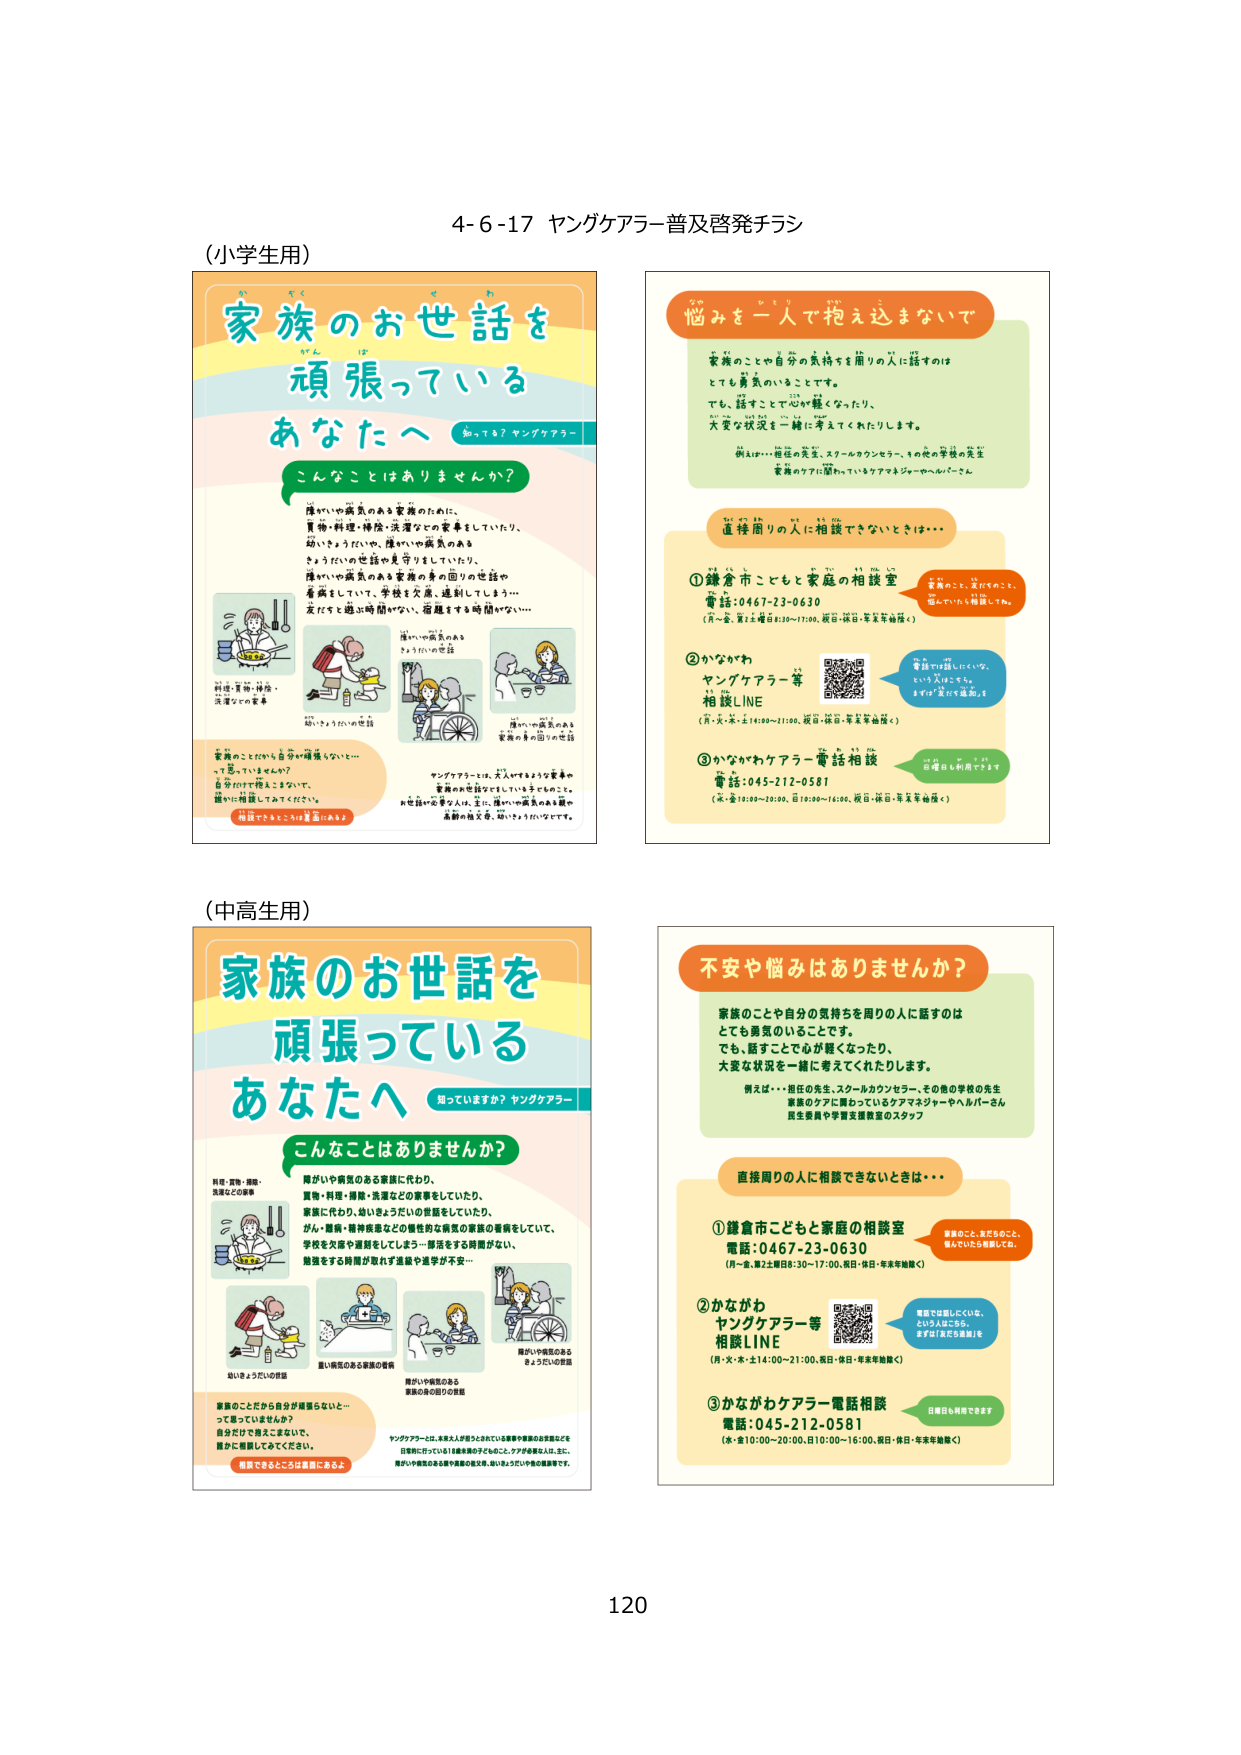
4-6-17 ヤングケアラー普及啓発チラシ

（小学生用）

家族のお世話を
頑張っている
あなたへ
知っています？ヤングケアラー

こんなことはありませんか？

障がいや病気のある家族のために、
買物・料理・掃除・洗濯などの家事をしていたり、
幼いきょうだいや、障がいや病気のある
きょうだいの世話や見守りをしていたり、
障がいや病気のある家族の身の回りの世話や
看病をしていて、学校を欠席、遅刻してしまう…
友だちと遊ぶ時間がない、宿題をする時間がない…

料理・買物・掃除・
洗濯などの家事

幼いきょうだいの世話

障がいや病気のある
きょうだいの世話

障がいや病気のある
家族の身の回りの世話

家族のことだから自分が頑張らないと…
って思っていませんか？
自分だけで抱えこまないで、
誰かに相談してみてください。
相談できるところは豊富にあるよ

ヤングケアラーとは、大人がするような家事や
家族のお世話を子ども・若者がしていること。
お世話が必要な人は、主に、障がいや病気のある親や
高齢の祖父母、幼いきょうだいです。

悩みを一人で抱え込まないで

家族のことや自分の気持ちを周りの人に話すのは
とても勇気のいることです。
でも、話すことで心が軽くなったり、
大変な状況を一緒に考えてくれたりします。
例えば…担任の先生、スクールカウンセラー、その他の学校の先生
家族のケアに関わっているケアマネジャーやヘルパーさん

直接周りの人に相談できないときは…

①鎌倉市こどもと家庭の相談室
電話：0467-23-0630
（月～金・第2土曜日8:30～17:00、祝日・休日・年末年始除く）

②かながわ
ヤングケアラー等
相談LINE
（月・火・木・土14:00～21:00、祝日・休日・年末年始除く）

③かながわケアラー電話相談
電話：045-212-0581
（木・金10:00～20:00、日10:00～16:00、祝日・休日・年末年始除く）

家族のこと、友だちのこと、
悩んでいたら相談してね。

電話では話しづらいな、
という人はこちら。
まずは「おだち連絡」を

日曜日も利用できます

（中高生用）

家族のお世話を
頑張っている
あなたへ
知っています？ヤングケアラー

こんなことはありませんか？

障がいや病気のある家族に代わり、
買物・料理・掃除・洗濯などの家事をしていたり、
家族に代わり、外にきょうだいの世話をしていたり、
がん・難病・精神疾患などの慢性的な病気の家族の看病をしていて、
学校を欠席や遅刻をしてしまう…部活をする時間がない、
勉強をする時間が取れず進級や進学が不安…

料理・買物・掃除・
洗濯などの家事

幼いきょうだいの世話

障がいや病気のある
家族の身の回りの世話

障がいや病気のある
きょうだいの世話

家族のことだから自分が頑張らないと…
って思っていませんか？
自分だけで抱えこまないで、
誰かに相談してみてください。
相談できるところは豊富にあるよ

ヤングケアラーとは、本来大人が担うとされている家事や家族のお世話などを
日常的に行っている18歳未満の子どものこと。ケア対象者には、主に、
障がいや病気のある親や高齢の祖父母、幼いきょうだいや他の家族等です。

不安や悩みはありませんか？

家族のことや自分の気持ちを周りの人に話すのは
とても勇気のいることです。
でも、話すことで心が軽くなったり、
大変な状況を一緒に考えてくれたりします。
例えば…担任の先生、スクールカウンセラー、その他の学校の先生
家族のケアに関わっているケアマネジャーやヘルパーさん
民生委員や学習支援教室のスタッフ

直接周りの人に相談できないときは…

①鎌倉市こどもと家庭の相談室
電話：0467-23-0630
（月～金・第2土曜日8:30～17:00、祝日・休日・年末年始除く）

②かながわ
ヤングケアラー等
相談LINE
（月・火・木・土14:00～21:00、祝日・休日・年末年始除く）

③かながわケアラー電話相談
電話：045-212-0581
（木・金10:00～20:00、日10:00～16:00、祝日・休日・年末年始除く）

家族のこと、友だちのこと、
悩んでいたら相談してね。

電話では話しづらいな、
という人はこちら。
まずは「おだち連絡」を

日曜日も利用できます

120